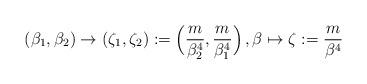
LaTeX: \begin{align*}(\beta_1, \beta_2) \to (\zeta_1, \zeta_2) := \Big(\frac{m}{\beta_2^4}, \frac{m}{\beta_1^4} \Big)\,, \beta \mapsto \zeta := \frac{m}{\beta^4}\end{align*}